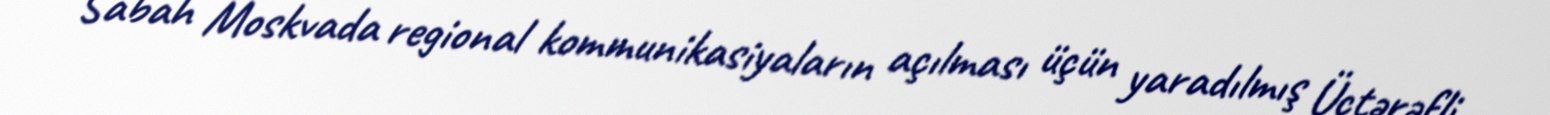
Sabah Moskvada regional kommunikasiyaların açılması üçün yaradılmış Üçtərəfli